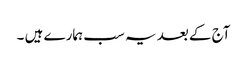
آج کے بعد یہ سب ہمارے ہیں ۔